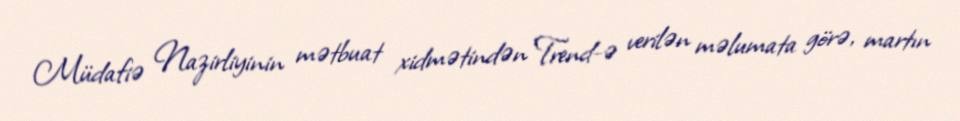
Müdafiə Nazirliyinin mətbuat xidmətindən Trend-ə verilən məlumata görə, martın